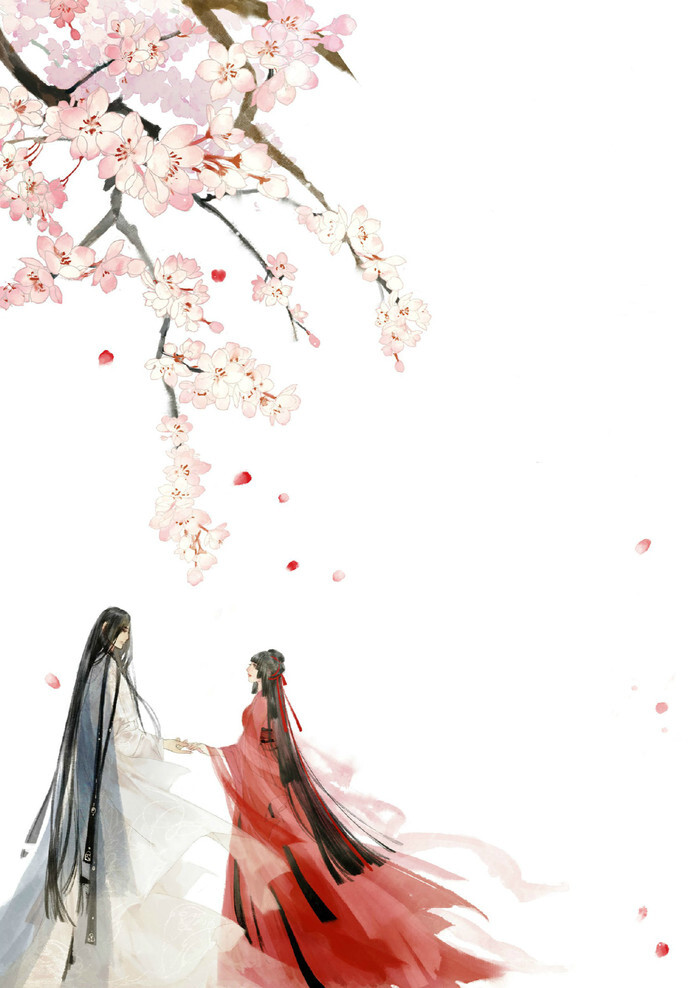
执子之手，与子偕老。